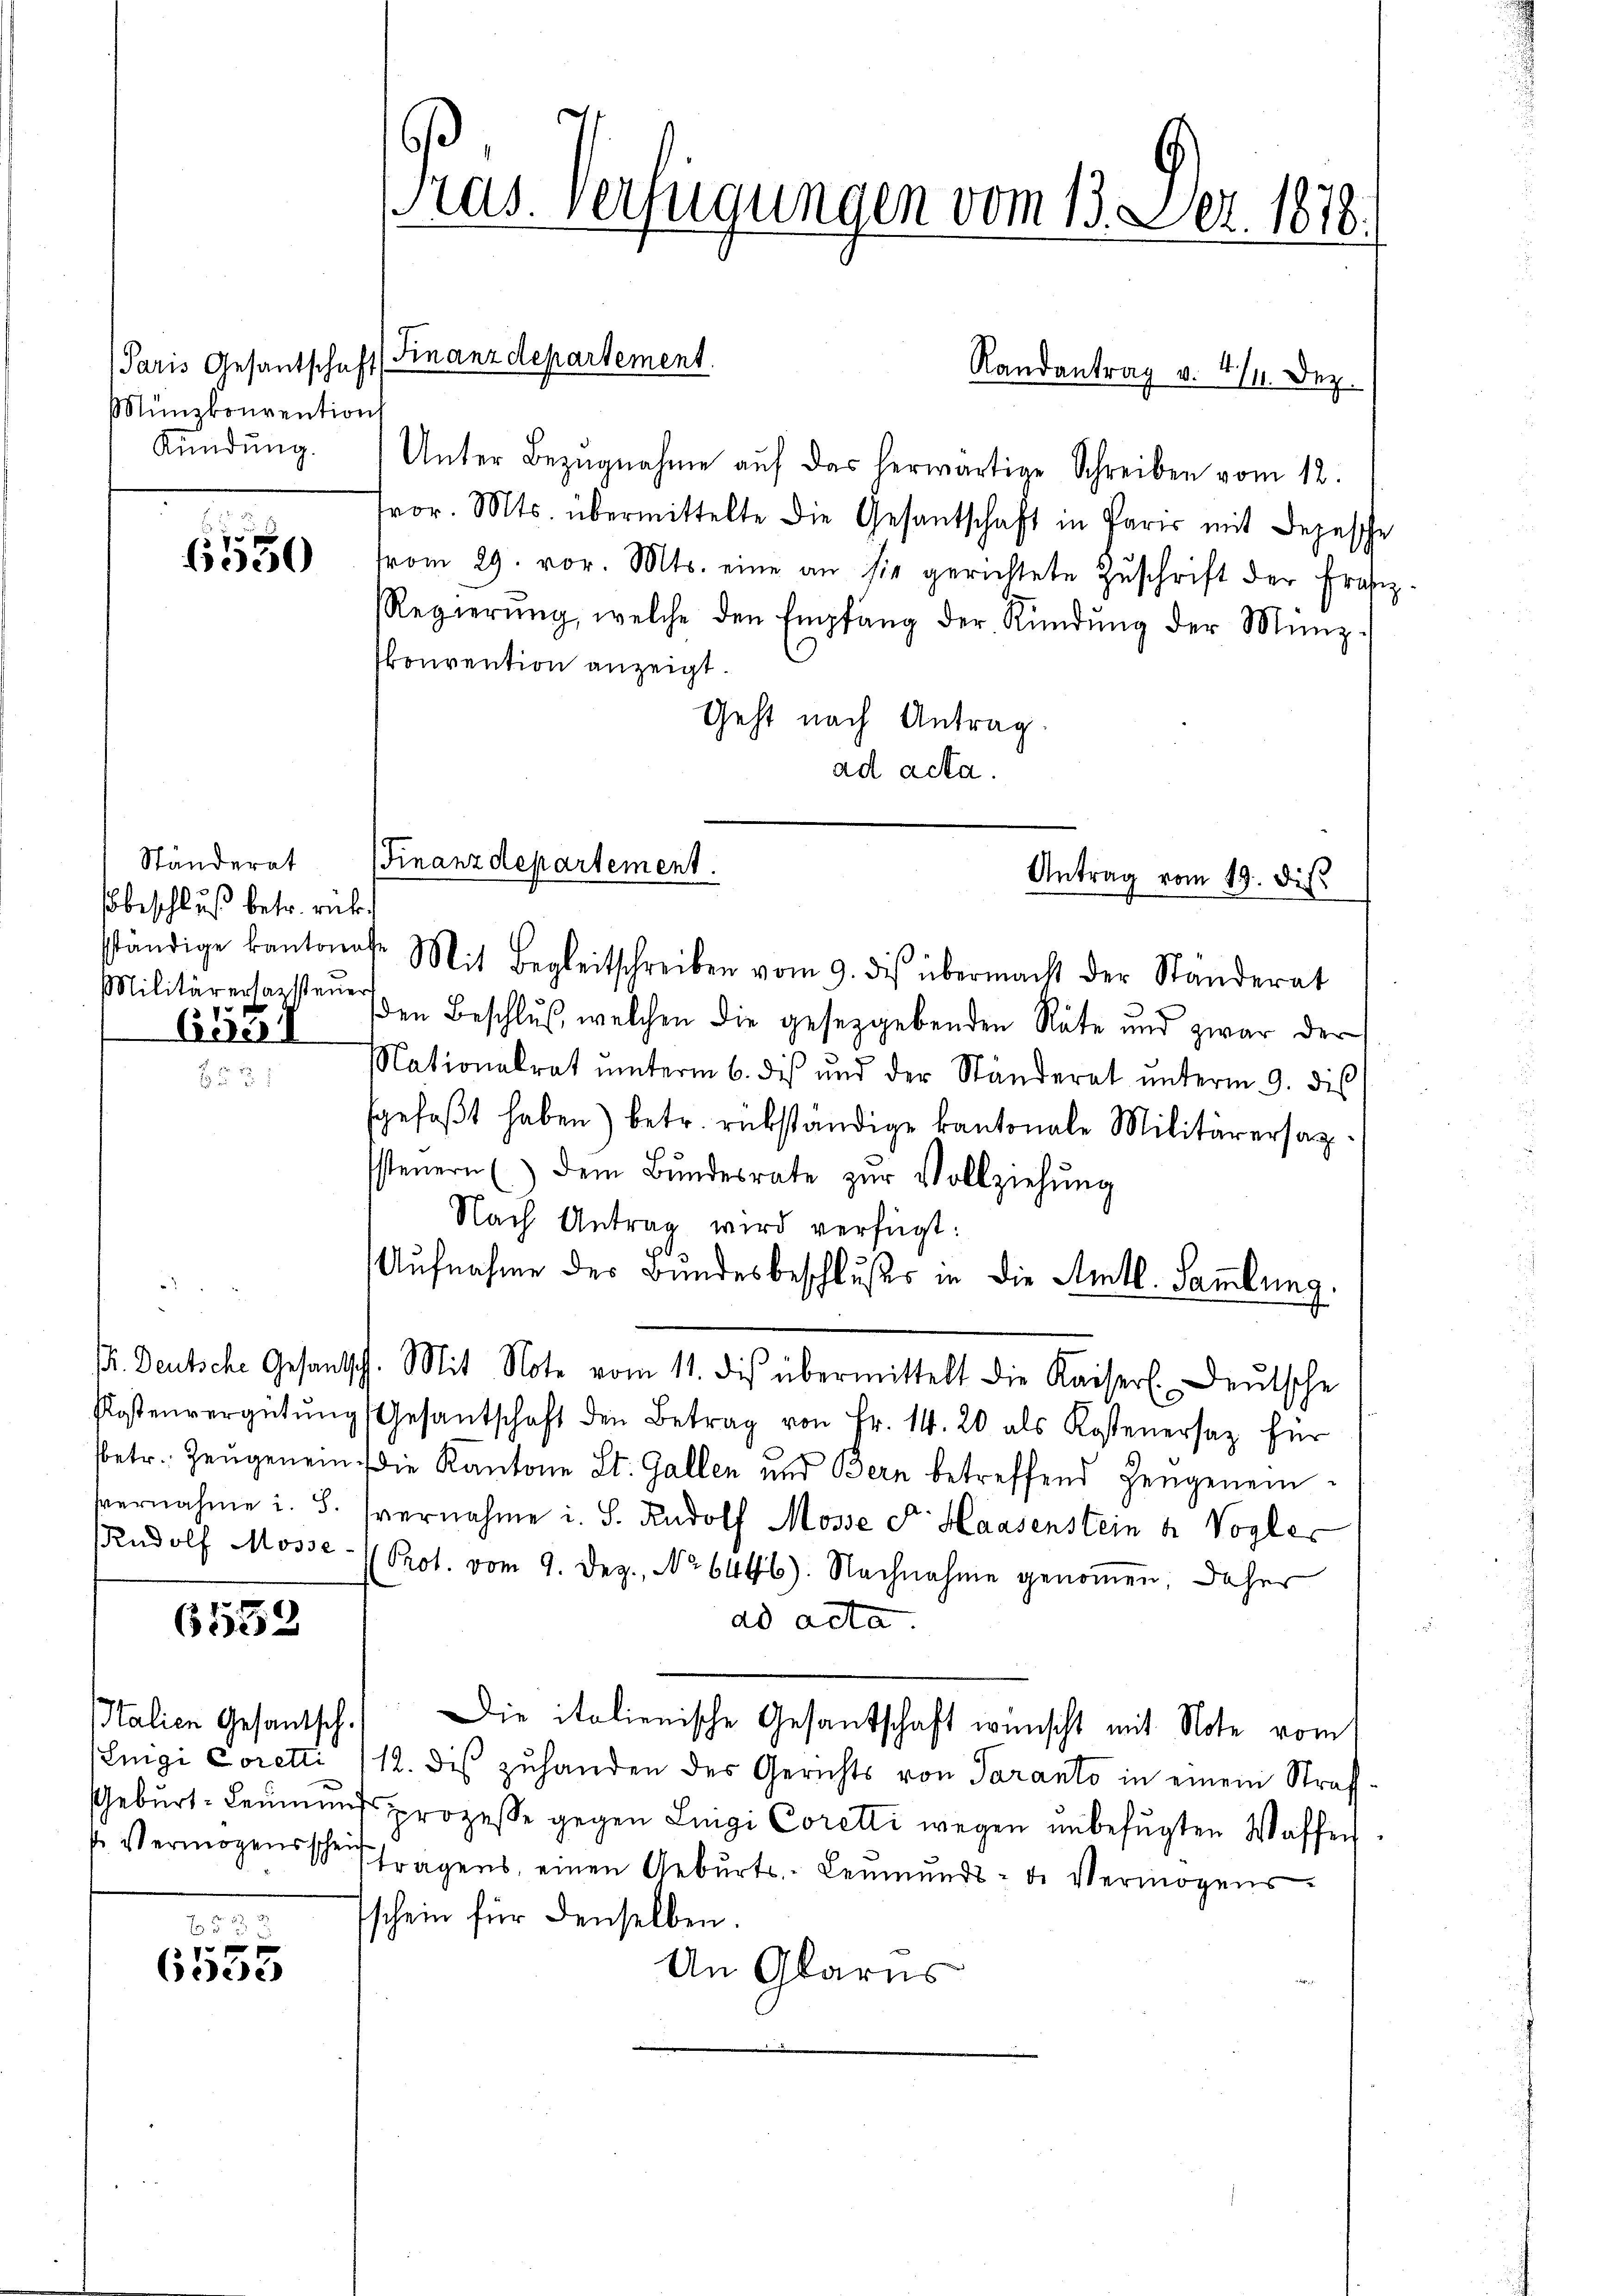
Paris Gesantschaft
Münzkonvention

Ständerat
beschluß betr. rück
Militärertansteuer

653

6552

300.
1
Cidee

Italien Gesantsch.

Randantrag v. 4./11. Dez.
Kündŭng. Unter Bezŭgnahme aŭf das herwärtige Schreiben vom 12.
fror. Mts. übermittelte die Gesantschaft in Paris mit Depesche
6550 from 29. vor. Mts. eine an sie gerichtete Zŭschrift der Frasiz.
RRegierŭng, welche den Empfang der Kündŭng der Münz-
konvention anzeigt.
Geht nach Antrag.
ad acta.
sständige kantonale Mit Begleitschreiben vom 9. des übermacht der Ständerat
den Beschlŭβ, welchen die gesetzgebenden Räte und zwar der
Nationalrat unterm 6. dis und der Ständerat ŭnterm 9. dis
fgefaβt haben) betr. rükständige kantonale Militärersaz
ssteuern (dem Bŭndesrate zŭr Vollziehŭng
Nach Antrag wird verfügt:
Aufnahme des Bundesbeschlußes in die Amtl. Samlung.
1. Deutsche Gesantsch. Mit Note vom 11. des übermittelt die Kaiserl. Deutsche
Kostenvergütŭng (Gesantschaft den Betrag von Fr. 14. 20 als Kostenersaz für
sbetr. Zeŭgenein. Die Kantone St. Gallen und Bern betreffend Hengeneim-
vernahme i. S. vernahme i. S. Rudolf Mösse dr. Haasenstein a. Vogler
Rudolf Mosse- Prot. vom 9. Dez. No 6446). Nachnahme genoṁen, daher
ad acta
Die italienische Gesantschaft wünscht mit Note vom
Luigi Coretti /12. dis zuhanden des Gerichts von Saranto in einem Straf¬
Gebŭrt- Leŭmundsprozesse gegen Luigi Coretti wegen ŭnbefŭgten Waffen
Vermögensscheitfragens, einen Gebŭrts- Leŭmŭnds- de Vermögens-
schein für denselben.
An Glarus

ras. Verfügungen vom 13. Dez. 1878.

Finanzdepartement.

(Finanzdepartement.
Antrag vom 19. dis